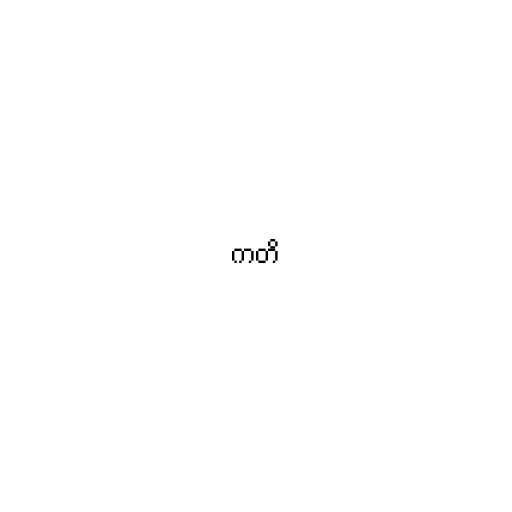
ကတိ